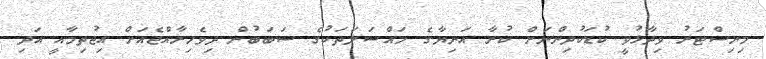
މިނިސްޓަރު ވިދާޅުވީ ކުޑަކުދިންނަށް ކުރާ އަނިޔާގެ މައްސަލަތަކުގެ ސަބަބުން ދިވެހިރާއްޖެއަށް އިޖުތިމާއީ އަދި